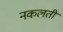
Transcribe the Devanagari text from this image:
नकलती